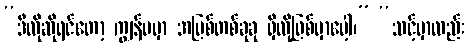
“ဒီလိုဆိုရင်တော့ ကျွန်မမှာ အပြစ်တစ်ခုခု ရှိလို့ဖြစ်မှာပေါ့၊” “သင့်မှာလည်း